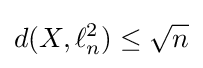
d(X,\ell _{n}^{2})\leq {\sqrt {n}}